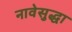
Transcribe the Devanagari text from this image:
नावेसुद्धा